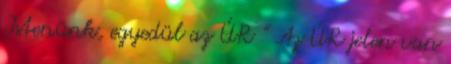
Istenünk, egyedül az ÚR ” Az ÚR jelen van